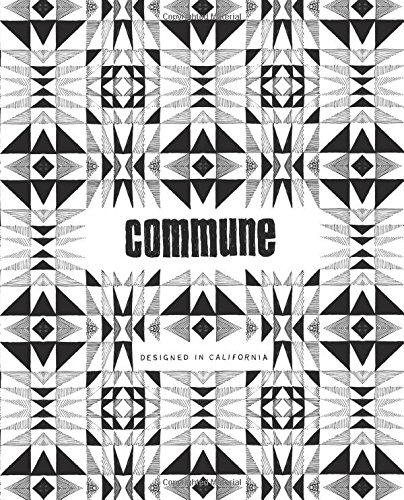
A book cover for Commune: Designed in California; Roman Alonso; Crafts, Hobbies & Home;